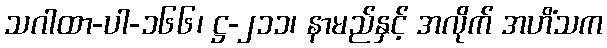
သဂါထာ-ပါ-၁၆၆၊ ဋ္ဌ-၂၁၁၊ နာမည်နှင့် အလိုက် အဟိံသက